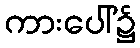
ကားပေါ်၌